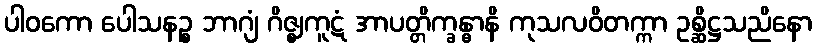
ပါဝကော ပေါသနဉ္စ ဘာဂျံ ဂိဇ္ဈကူဋံ အာပတ္တိက္ခန္ဓာနိ ကုသလဝိတက္ကာ ဥစ္ဆိဋ္ဌသညိနော